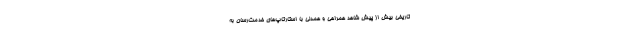
تاریخی بیش از پیش شاهد همراهی و همدلی با استارتاپ‌های خدمت‌رسان به